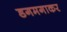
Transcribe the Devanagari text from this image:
डगमगाकर